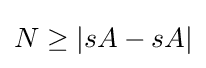
N\geq |sA-sA|